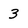
Character: 3